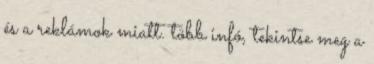
és a reklámok miatt. több infó, tekintse meg a